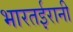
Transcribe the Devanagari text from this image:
भारतईरानी